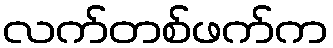
လက်တစ်ဖက်က